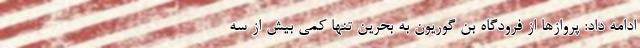
ادامه داد: پروازها از فرودگاه بن گوریون به بحرین تنها کمی بیش از سه